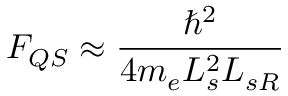
F _ { Q S } \approx \frac { \hbar ^ { 2 } } { 4 m _ { e } L _ { s } ^ { 2 } L _ { s R } }